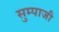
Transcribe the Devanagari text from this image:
सुम्पाजी